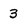
Character: 3